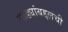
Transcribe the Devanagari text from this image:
गाड्यांबद्दलची